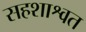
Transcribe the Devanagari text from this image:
सहशाश्वत